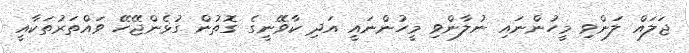
ޖަލައް ލަންވި މީހުންނައި ނުލާންވި މީހުންނައީ އަދި ކާވޭނީގެ ގޮތުން ގުޅެންޖޭހޭ ވައްތަރުތަކާއީ